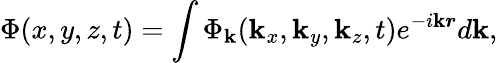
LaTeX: \Phi(x,y,z,t)=\int\Phi_{\mathbf{k}}(\mathbf{k}_{x},\mathbf{k}_{y},\mathbf{k}_{z},t)e^{-i\boldsymbol{\mathbf{k}r}}d\boldsymbol{\mathbf{k}},